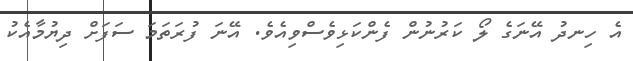
އެ ހިނދު އޭނަގެ ލޯ ކަރުނުން ފެންކަޅިވެސްވިއެވެ. އޭނަ ފުރަތަމަ ސަފަށް ދިޔުމާއެކު